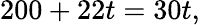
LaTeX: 200+22t=30t,